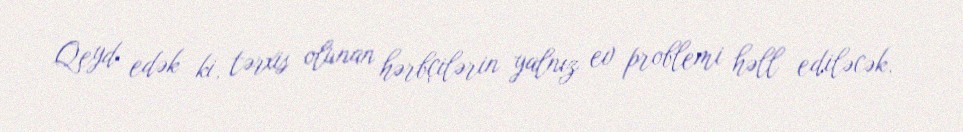
Qeyd edək ki, tərxis olunan hərbçilərin yalnız ev problemi həll ediləcək.